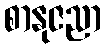
စာနုဇညာ